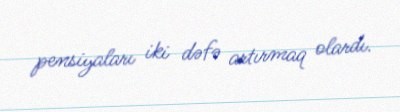
pensiyaları iki dəfə artırmaq olardı.